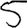
Digit: 5